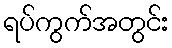
ရပ်ကွက်အတွင်း